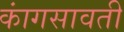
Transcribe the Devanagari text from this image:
कांगसावती